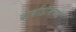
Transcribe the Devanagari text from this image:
बार्बाडोसच्या